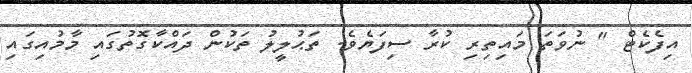
އިފެކެޓް " ނުވަތަ މައިތިރި ކުރާ ސިފަޔެވެ. ތަޙުލީލު ތަކުން ދައްކާގޮތުގައި މާމުއިގައި